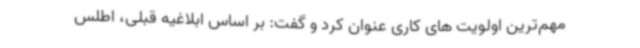
مهم‌ترین اولویت های کاری عنوان کرد و گفت: بر اساس ابلاغیه قبلی، اطلس